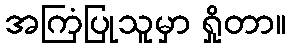
အကြံပြုသူမှာ ရှိုတာ။